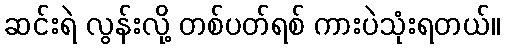
ဆင်းရဲ လွန်းလို့ တစ်ပတ်ရစ် ကားပဲသုံးရတယ်။